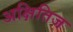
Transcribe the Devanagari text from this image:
अक्षितिज